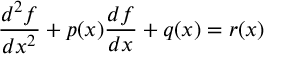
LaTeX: \frac { d ^ { 2 } f } { d x ^ { 2 } } + p ( x ) \frac { d f } { d x } + q ( x ) = r ( x )